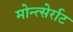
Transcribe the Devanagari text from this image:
मोन्त्सेर्राट